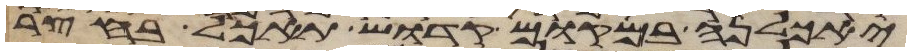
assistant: יאכלנה במקום קדוש תאכל בחצר